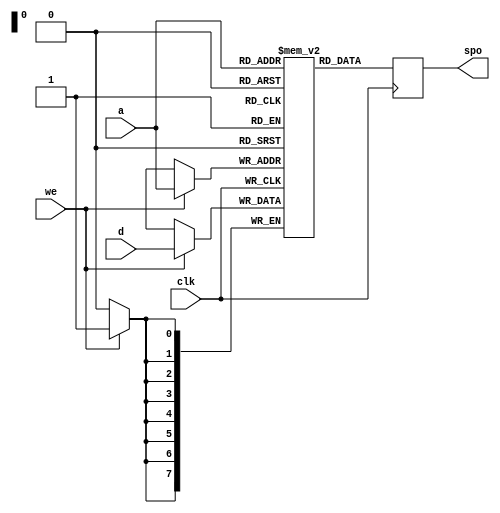
module vector256 
( 
  input [7:0]a,
  input [7:0]d,
  input clk,
  input we,
  output [7:0]spo
);  
    reg [7:0] spo;
    reg [7:0] mem [0:255];    
    always @(posedge clk) begin
            spo <= mem[a];
            if (we) mem[a][ 7: 0] <= d[ 7: 0];
    end
endmodule